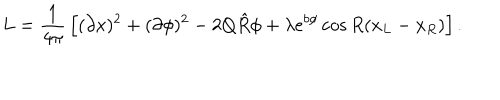
L = { \frac { 1 } { 4 \pi } } \left[ ( \partial x ) ^ { 2 } + ( \partial \phi ) ^ { 2 } - 2 Q \hat { R } \phi + \lambda e ^ { b \phi } \cos R ( x _ { L } - x _ { R } ) \right] .